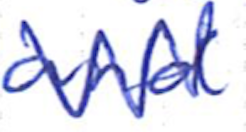
Text: and
Cross-out: zig-zag
Writing tool: ballpoint